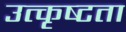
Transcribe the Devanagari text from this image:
उत्कृष्‍टता